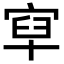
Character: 𡨯